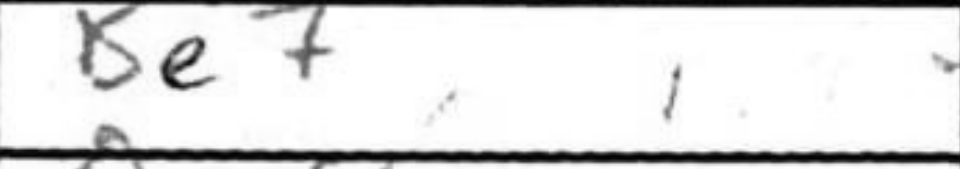
Transcription: Be7